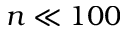
n \ll 1 0 0